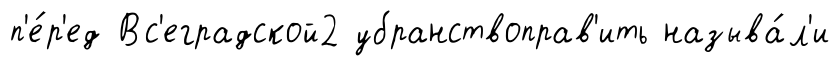
п'е́р'ед Вс'еградской2 убранствоправ'ить называ́л'и